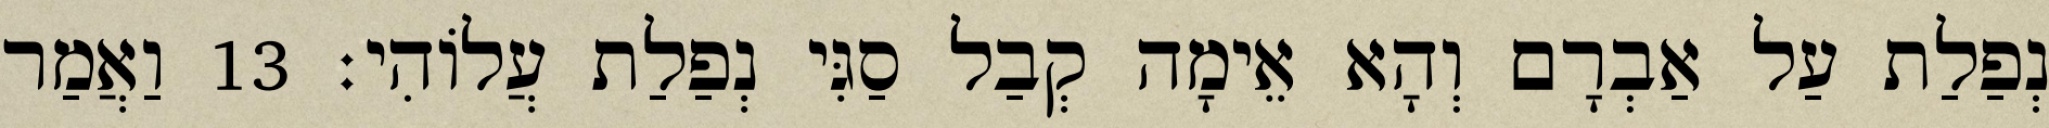
נְפַלַת עַל אַבְרָם וְהָא אֵימָה קְבַל סַגִּי נְפַלַת עֲלוֹהִי׃ 13 וַאֲמַר